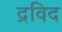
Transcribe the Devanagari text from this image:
द्रविद